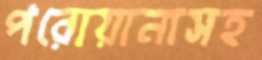
পরোয়ানাসহ